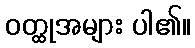
ဝတ္ထုအများ ပါ၏။